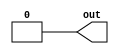
// Fast Multisource Pulse Registration System
// Module:
// runonce
// FPGA Board Initialization
// (c) Sergey V. Polyakov 2006-forever
module runonce (out);
output out;
reg out;

initial
begin
	out = 1'b1;
	#2 out =1'b0;
end

endmodule